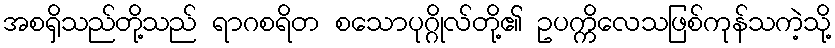
အစရှိသည်တို့သည် ရာဂစရိတ စသောပုဂ္ဂိုလ်တို့၏ ဥပက္ကိလေသဖြစ်ကုန်သကဲ့သို့